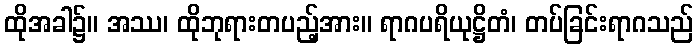
ထိုအခါ၌။ အဿ၊ ထိုဘုရားတပည့်အား။ ရာဂပရိယုဋ္ဌိတံ၊ တပ်ခြင်းရာဂသည်